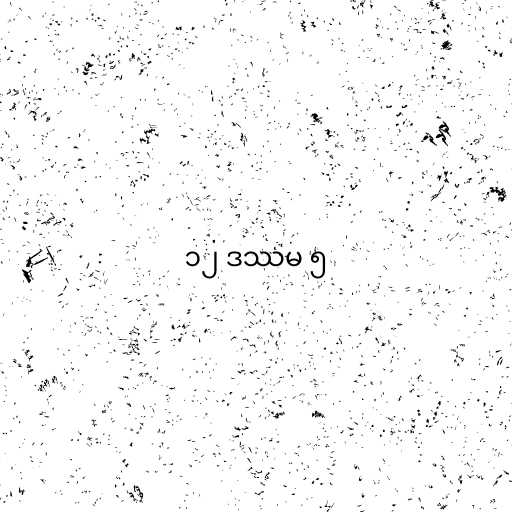
၁၂ ဒဿမ ၅